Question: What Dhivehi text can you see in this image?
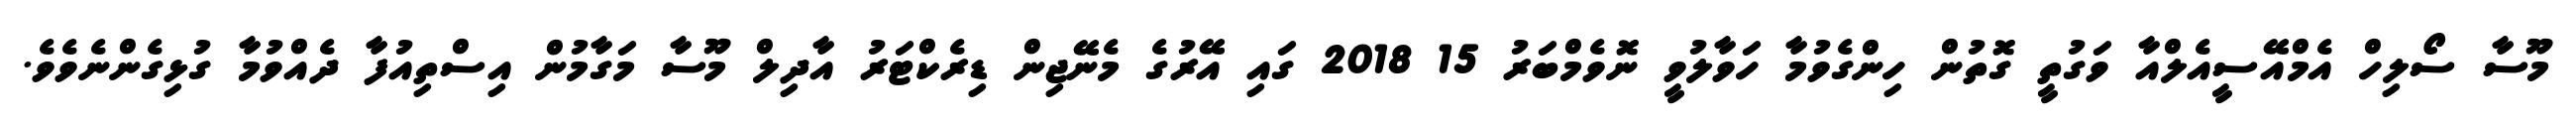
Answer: މޫސާ ސޯލިހް އެމްއޭސީއެލްއާ ވަގުތީ ގޮތުން ހިންގެވުމާ ހަވާލުވީ ނޮވެމްބަރު 15 2018 ގައި އޭރުގެ މެނޭޖިން ޑިރެކްޓަރު އާދިލް މޫސާ މަގާމުން އިސްތިއުފާ ދެއްވުމާ ގުޅިގެންނެވެވެ.